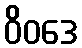
ဝိဝဒေ